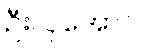
ဦးလှအောင်